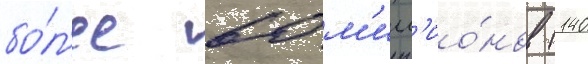
бо́л'ее 60 м'илл'ио́нов (140